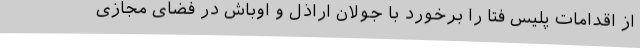
از اقدامات پلیس فتا را برخورد با جولان اراذل و اوباش در فضای مجازی